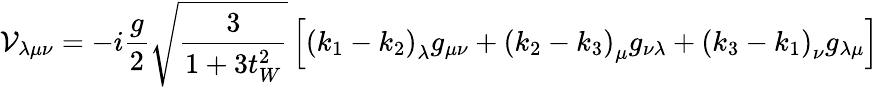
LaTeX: {\cal V}_{\lambda\mu\nu}=-i\frac{g}{2}\sqrt{\frac{3}{1+3t_{W}^{2}}}\left[\left(k_{1}-k_{2}\right)_{\lambda}g_{\mu\nu}+\left(k_{2}-k_{3}\right)_{\mu}g_{\nu\lambda}+\left(k_{3}-k_{1}\right)_{\nu}g_{\lambda\mu}\right]